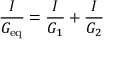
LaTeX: { \frac { I } { G _ { \mathrm { e q } } } } = { \frac { I } { G _ { 1 } } } + { \frac { I } { G _ { 2 } } }